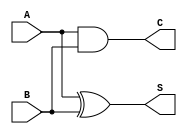
module half_adder (
    input wire A,  // Single-bit input A
    input wire B,  // Single-bit input B
    output wire S, // Sum output
    output wire C  // Carry output
);

// Logic for Sum (S) using XOR
assign S = A ^ B;

// Logic for Carry (C) using AND
assign C = A & B;

endmodule